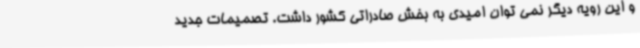
و این رویه دیگر نمی توان امیدی به بخش صادراتی کشور داشت. تصمیمات جدید